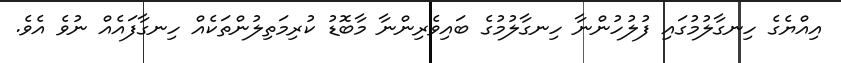
އިއްޔެގެ ހިނގާލުމުގައި ފުލުހުންނާ ހިނގާލުމުގެ ބައިވެރިންނާ މާބޮޑު ކުރިމަތިލުންތަކެއް ހިނގާފައެއް ނުވެ އެވެ.